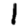
Digit: 1